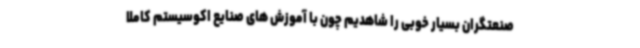
صنعتگران بسیار خوبی را شاهدیم چون با آموزش های صنایع اکوسیستم کاملا